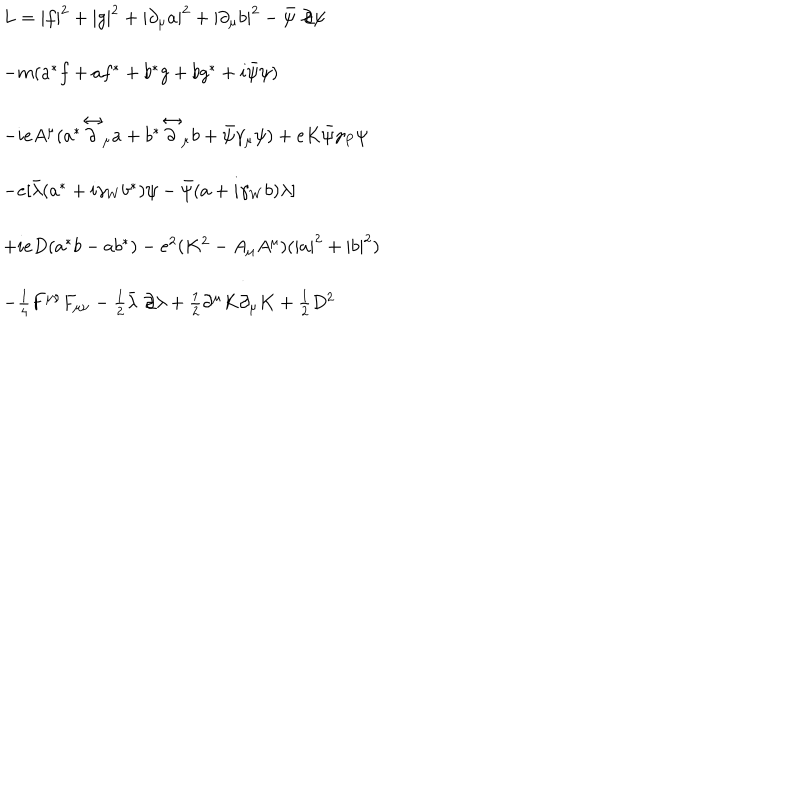
LaTeX: \begin{array} { l } { { L = | f | ^ { 2 } + | g | ^ { 2 } + | \partial _ { \mu } a | ^ { 2 } + | \partial _ { \mu } b | ^ { 2 } - \bar { \psi } \not \! \partial \psi } } \\ { { - m ( a ^ { * } f + a f ^ { * } + b ^ { * } g + b g ^ { * } + i \bar { \psi } \psi ) } } \\ { { - i e A ^ { \mu } ( a ^ { \ast } \stackrel { \leftrightarrow } { \partial } _ { \mu } a + b ^ { \ast } \stackrel { \leftrightarrow } { \partial } _ { \mu } b + \bar { \psi } \gamma _ { \mu } \psi ) + e K \bar { \psi } \gamma _ { P } \psi } } \\ { { - e [ \bar { \lambda } ( a ^ { \ast } + i \gamma _ { W } b ^ { \ast } ) \psi - \bar { \psi } ( a + i \gamma _ { W } b ) \lambda ] } } \\ { { + i e D ( a ^ { \ast } b - a b ^ { \ast } ) - e ^ { 2 } ( K ^ { 2 } - A _ { \mu } A ^ { \mu } ) ( | a | ^ { 2 } + | b | ^ { 2 } ) } } \\ { { - \frac { 1 } { 4 } F ^ { \mu \nu } F _ { \mu \nu } - \frac { 1 } { 2 } \bar { \lambda } \not \! \partial \lambda + \frac { 1 } { 2 } \partial ^ { \mu } K \partial _ { \mu } K + \frac { 1 } { 2 } D ^ { 2 } } } \\ \end{array}